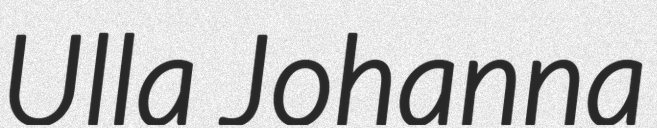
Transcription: Ulla Johanna